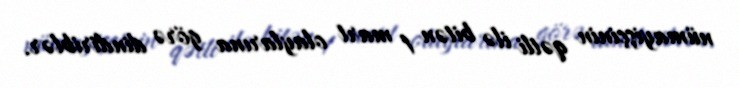
nümayişçinin qətli ilə bitən 1 mart olaylarına görə dindiriblər.